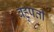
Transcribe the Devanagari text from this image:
बहुपर्ती